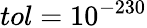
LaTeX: tol=10^{-230}